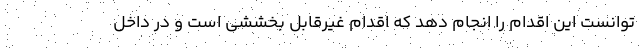
توانست اين اقدام را انجام دهد كه اقدام غيرقابل بخششي است و در داخل